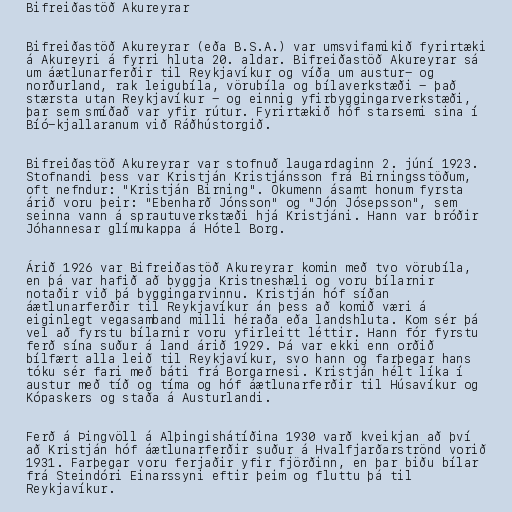
Bifreiðastöð Akureyrar

Bifreiðastöð Akureyrar (eða B.S.A.) var umsvifamikið fyrirtæki
á Akureyri á fyrri hluta 20. aldar. Bifreiðastöð Akureyrar sá
um áætlunarferðir til Reykjavíkur og víða um austur- og
norðurland, rak leigubíla, vörubíla og bílaverkstæði - það
stærsta utan Reykjavíkur - og einnig yfirbyggingarverkstæði,
þar sem smíðað var yfir rútur. Fyrirtækið hóf starsemi sina í
Bíó-kjallaranum við Ráðhústorgið.

Bifreiðastöð Akureyrar var stofnuð laugardaginn 2. júní 1923.
Stofnandi þess var Kristján Kristjánsson frá Birningsstöðum,
oft nefndur: "Kristján Birning". Ökumenn ásamt honum fyrsta
árið voru þeir: "Ebenharð Jónsson" og "Jón Jósepsson", sem
seinna vann á sprautuverkstæði hjá Kristjáni. Hann var bróðir
Jóhannesar glímukappa á Hótel Borg.

Árið 1926 var Bifreiðastöð Akureyrar komin með tvo vörubíla,
en þá var hafið að byggja Kristneshæli og voru bílarnir
notaðir við þá byggingarvinnu. Kristján hóf síðan
áætlunarferðir til Reykjavíkur án þess að komið væri á
eiginlegt vegasamband milli héraða eða landshluta. Kom sér þá
vel að fyrstu bílarnir voru yfirleitt léttir. Hann fór fyrstu
ferð sína suður á land árið 1929. Þá var ekki enn orðið
bílfært alla leið til Reykjavíkur, svo hann og farþegar hans
tóku sér fari með báti frá Borgarnesi. Kristján hélt líka í
austur með tíð og tíma og hóf áætlunarferðir til Húsavíkur og
Kópaskers og staða á Austurlandi.

Ferð á Þingvöll á Alþingishátíðina 1930 varð kveikjan að því
að Kristján hóf áætlunarferðir suður á Hvalfjarðarströnd vorið
1931. Farþegar voru ferjaðir yfir fjörðinn, en þar biðu bílar
frá Steindóri Einarssyni eftir þeim og fluttu þá til
Reykjavíkur.